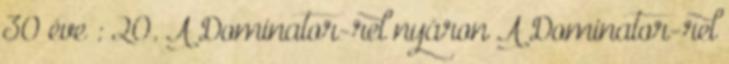
30 éve : 20. A Dominator-rel nyáron A Dominator-rel